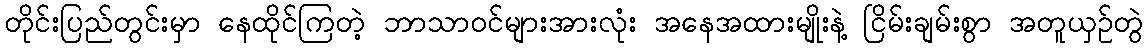
တိုင်းပြည်တွင်းမှာ နေထိုင်ကြတဲ့ ဘာသာဝင်များအားလုံး အနေအထားမျိုးနဲ့ ငြိမ်းချမ်းစွာ အတူယှဉ်တွဲ